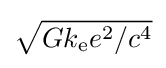
{\sqrt {{Gk_{\text{e}}e^{2}}/{c^{4}}}}